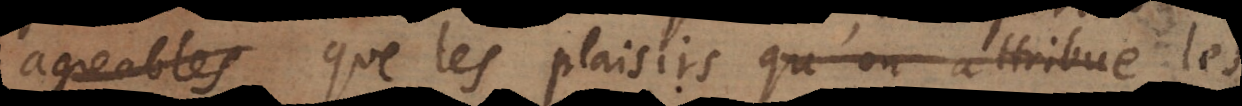
plus que les plaisirs qu’on attribue a